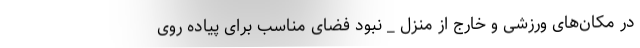
در مکان‌های ورزشی و خارج از منزل _ نبود فضای مناسب برای پیاده روی